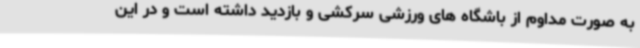
به صورت مداوم از باشگاه های ورزشی سرکشی و بازدید داشته است و در این